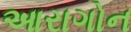
આરાગોન